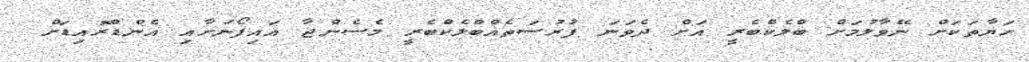
ހަޔާތަކަށް ނޭވާލުމަށް ބްލެކްބެރީ އަށް ދެވަނަ ފުރުސަތެއްބްލެކްބެރީ މެސެންޖާ އައިފޯނަށާއި އެންޑްރޮއިޑަށް